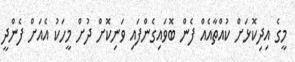
މީގެ އިދިކޮޅަށް ކުއްތާއެއް ފެން ބޮވައިގެންފައި ވަނިކޮށް ދުށް މީހަކު އެއަށް ފެންދީ